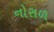
નોરાળ